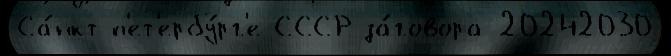
Са́нкт-п'ет'ербу́рг'е СССР за́говора 20242030